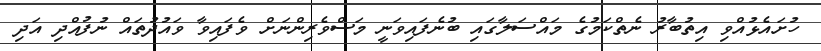
ހުށައެޅުއްވި އިތުބާރު ނެތްކަމުގެ މައްސަލާގައި ބުނެފައިވަނީ މަސްވެރިންނަށް ވެފައިވާ ވައުދުތައް ނުފުއްދި އަދި